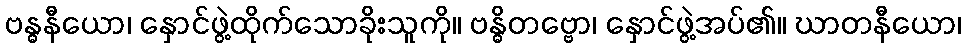
ဗန္ဓနီယော၊ နှောင်ဖွဲ့ထိုက်သောခိုးသူကို။ ဗန္ဓိတဗ္ဗော၊ နှောင်ဖွဲ့အပ်၏။ ဃာတနီယော၊